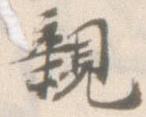
親